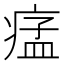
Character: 𤷪